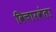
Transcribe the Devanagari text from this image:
विचारवंता